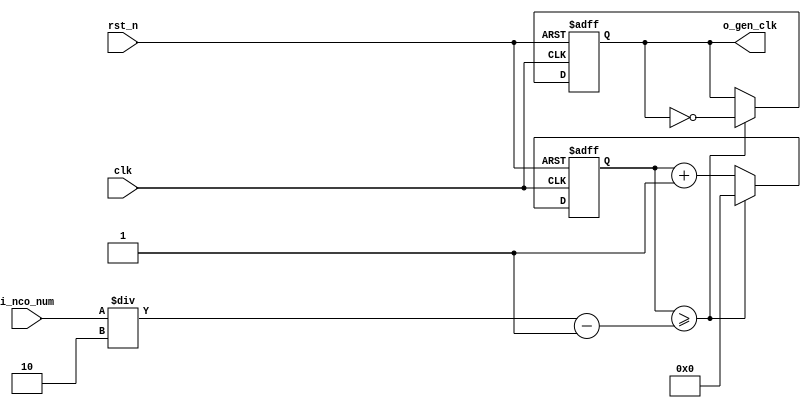
module	nco(	
		o_gen_clk,
		i_nco_num,
		clk,
		rst_n);

output		o_gen_clk	;	// 1Hz CLK

input	[31:0]	i_nco_num	;
input		clk		;	// 50Mhz CLK
input		rst_n		;

reg	[31:0]	cnt		;
reg		o_gen_clk	;

always @(posedge clk or negedge rst_n) begin
	if(rst_n == 1'b0) begin
		cnt		<= 32'd0;
		o_gen_clk	<= 1'd0	;
	end else begin
		if(cnt >= i_nco_num/2-1) begin
			cnt 	<= 32'd0;
			o_gen_clk	<= ~o_gen_clk;
		end else begin
			cnt <= cnt + 1'b1;
		end
	end
end

endmodule

//	--------------------------------------------------
//	Flexible Numerical Display Decoder
//	--------------------------------------------------
module	fnd_dec(
		o_seg,
		i_num);

output	[6:0]	o_seg		;	// {o_seg_a, o_seg_b, ... , o_seg_g}

input	[3:0]	i_num		;
reg	[6:0]	o_seg		;
//making
always @(i_num) begin 
 	case(i_num) 
 		4'd0:	o_seg = 7'b111_1110; 
 		4'd1:	o_seg = 7'b011_0000; 
 		4'd2:	o_seg = 7'b110_1101; 
 		4'd3:	o_seg = 7'b111_1001; 
 		4'd4:	o_seg = 7'b011_0011; 
 		4'd5:	o_seg = 7'b101_1011; 
 		4'd6:	o_seg = 7'b101_1111; 
 		4'd7:	o_seg = 7'b111_0000; 
 		4'd8:	o_seg = 7'b111_1111; 
 		4'd9:	o_seg = 7'b111_0011; 
		default:o_seg = 7'b000_0000; 
	endcase 
end


endmodule

//	--------------------------------------------------
//	0~59 --> 2 Separated Segments
//	--------------------------------------------------
module	double_fig_sep(
			o_left,
			o_right,
			i_double_fig);

output	[3:0]	o_left		;
output	[3:0]	o_right		;

input	[5:0]	i_double_fig	;

assign		o_left	= i_double_fig / 10	;
assign		o_right	= i_double_fig % 10	;

endmodule

//	--------------------------------------------------
//	0~59 --> 2 Separated Segments
//	--------------------------------------------------
module	led_disp(
			o_seg,
			o_seg_dp,
			o_seg_enb,
			i_six_digit_seg,
			i_six_dp,
			clk,
			rst_n);

output	[5:0]	o_seg_enb		;
output		o_seg_dp		;
output	[6:0]	o_seg			;

input	[41:0]	i_six_digit_seg		;
input	[5:0]	i_six_dp		;
input		clk			;
input		rst_n			;

wire		gen_clk		;

nco		u_nco(
			.o_gen_clk	( gen_clk	),
			.i_nco_num	( 32'd5000	),
			.clk		( clk		),
			.rst_n		( rst_n		));


reg	[3:0]	cnt_common_node	;

always @(posedge gen_clk or negedge rst_n) begin
	if(rst_n == 1'b0) begin
		cnt_common_node <= 4'd0;
	end else begin
		if(cnt_common_node >= 4'd5) begin
			cnt_common_node <= 4'd0;
		end else begin
			cnt_common_node <= cnt_common_node + 1'b1;
		end
	end
end

reg	[5:0]	o_seg_enb		;

always @(cnt_common_node) begin
	case (cnt_common_node)
		4'd0:	o_seg_enb = 6'b111110;
		4'd1:	o_seg_enb = 6'b111101;
		4'd2:	o_seg_enb = 6'b111011;
		4'd3:	o_seg_enb = 6'b110111;
		4'd4:	o_seg_enb = 6'b101111;
		4'd5:	o_seg_enb = 6'b011111;
		default:o_seg_enb = 6'b111111;
	endcase
end

reg		o_seg_dp		;

always @(cnt_common_node) begin
	case (cnt_common_node)
		4'd0:	o_seg_dp = i_six_dp[0];
		4'd1:	o_seg_dp = i_six_dp[1];
		4'd2:	o_seg_dp = i_six_dp[2];
		4'd3:	o_seg_dp = i_six_dp[3];
		4'd4:	o_seg_dp = i_six_dp[4];
		4'd5:	o_seg_dp = i_six_dp[5];
		default:o_seg_dp = 1'b0;
	endcase
end

reg	[6:0]	o_seg			;

always @(cnt_common_node) begin
	case (cnt_common_node)
		4'd0:	o_seg = i_six_digit_seg[6:0];
		4'd1:	o_seg = i_six_digit_seg[13:7];
		4'd2:	o_seg = i_six_digit_seg[20:14];
		4'd3:	o_seg = i_six_digit_seg[27:21];
		4'd4:	o_seg = i_six_digit_seg[34:28];
		4'd5:	o_seg = i_six_digit_seg[41:35];
		default:o_seg = 7'b111_1110; // 0 display
	endcase
end

endmodule

//	--------------------------------------------------
//	HMS(Hour:Min:Sec) Counter
//	--------------------------------------------------
module	hms_cnt(
		o_hms_cnt,
		o_max_hit,
		i_max_cnt,
		clk,
		rst_n);

output	[5:0]	o_hms_cnt		;
output		o_max_hit		;

input	[5:0]	i_max_cnt		;
input		clk			;
input		rst_n			;

reg	[5:0]	o_hms_cnt		;
reg		o_max_hit		;
always @(posedge clk or negedge rst_n) begin
	if(rst_n == 1'b0) begin
		o_hms_cnt <= 6'd0;
		o_max_hit <= 1'b0;
	end else begin
		if(o_hms_cnt >= i_max_cnt) begin
			o_hms_cnt <= 6'd0;
			o_max_hit <= 1'b1;
		end else begin
			o_hms_cnt <= o_hms_cnt + 1'b1;
			o_max_hit <= 1'b0;
		end
	end
end

endmodule

module  debounce(
		o_sw,
		i_sw,
		clk);
output		o_sw			;

input		i_sw			;
input		clk			;

reg		dly1_sw			;
always @(posedge clk) begin
	dly1_sw <= i_sw;
end

reg		dly2_sw			;
always @(posedge clk) begin
	dly2_sw <= dly1_sw;
end

assign		o_sw = dly1_sw | ~dly2_sw;

endmodule

//	--------------------------------------------------
//	Blink
//	--------------------------------------------------

module mux(	out,
			in0,
			in1,
			sel);

output	out			;
input	in0			;
input	in1			;
input	sel			;	

reg	out			;

always @(in0, in1, sel) begin
	if(sel==1'b1) begin
	   out = in1	;
	end else begin
	   out = in0	;
	end
end
endmodule


module detBlink(		o_blink,
			i_en_mblink,
			i_en_pblink,
			i_sign,	
			clk,
			rst_n);

output[6:0]	o_blink	;
input			i_en_mblink	;
input			i_en_pblink	;	

input	[6:0]	i_sign		;
input			clk		;
input			rst_n		;
	
reg	 	detClk	;
always @(i_en_mblink, i_en_pblink) begin
	case({i_en_mblink, i_en_pblink})
	 	2'b11 : {detClk} = 1'b1;
		default : {detClk} =1'b0;
	endcase
end


wire		clk_2hz		;
nco		u_Bnco(	
			.o_gen_clk	(clk_2hz		),
			.i_nco_num	(32'd25000000	),
			.clk		(clk		),
			.rst_n		(rst_n		));

wire	 detBlink		;
mux		u_mux1(	.out		(detBlink	),
						.in0		(1'b0	),
						.in1		(clk_2hz	),
						.sel		(detClk	));	

reg	[6:0]	o_blink		;
always @(*) begin
	if(detBlink==1'b0) begin
		o_blink <= i_sign		;
	end else begin
		o_blink	<= 7'd0		;
	end
end
endmodule


//	--------------------------------------------------
//	Clock Controller
//	--------------------------------------------------
module	controller(
			o_mode,
			o_position,
			o_state,
			o_alarm_en,
			o_sec_clk,
			o_min_clk,
			o_hour_clk,
			o_alarm_sec_clk,
			o_alarm_min_clk,
			o_alarm_hour_clk,
			o_stop_sec_clk,	
			o_stop_min_clk,	
			o_stop_hour_clk,
			o_en_mblink,
			o_en_psblink,	
			o_en_pmblink,	
			o_en_phblink,	
			i_max_hit_sec,
			i_max_hit_min,
			i_max_hit_hour,
			i_sw0,
			i_sw1,
			i_sw2,
			i_sw3,
			i_sw4,
			i_sw5,
			clk,
			stop_rst_n,
			rst_n);

output	[5:0]	o_mode			;
output	[1:0]	o_position		;
output	     	o_state	;
output		o_alarm_en		;
output		stop_rst_n	;

output		o_sec_clk		;
output		o_min_clk		;
output		o_hour_clk		;

output 		o_stop_sec_clk		;
output		o_stop_min_clk		;
output		o_stop_hour_clk		;


output		o_alarm_sec_clk		;
output		o_alarm_min_clk		;
output		o_alarm_hour_clk		;

output		o_en_mblink		;
output		o_en_psblink	;	
output		o_en_pmblink	;	
output		o_en_phblink	;

input		i_max_hit_sec		;
input		i_max_hit_min		;
input		i_max_hit_hour		;

input		i_sw0			;
input		i_sw1			;
input		i_sw2			;
input		i_sw3			;
input		i_sw4			;
input		i_sw5			;

input		clk			;
input		rst_n			;

parameter	MODE_CLOCK	= 6'b010100	;
parameter	MODE_SETUP	= 6'b010101	;
parameter	MODE_ALARM	= 6'b010110	;
parameter	MODE_STOPWATCH	=6'b010111 ;
parameter	POS_SEC		= 2'b00	;
parameter	POS_MIN		= 2'b01	;
parameter	POS_HOUR	= 2'b10	;

parameter	STOP		= 1'b0	;
parameter 	COUNT_UP	= 1'b1	;



wire		clk_100hz		;
nco		u0_nco(
		.o_gen_clk	( clk_100hz	),
		.i_nco_num	( 32'd500000	),
		.clk		( clk		),
		.rst_n		( rst_n		));

wire		sw0			;
debounce	u0_debounce(
		.o_sw		( sw0		),
		.i_sw		( i_sw0		),
		.clk		( clk_100hz	));

wire		sw1			;
debounce	u1_debounce(
		.o_sw		( sw1		),
		.i_sw		( i_sw1		),
		.clk		( clk_100hz	));

wire		sw2			;
debounce	u2_debounce(
		.o_sw		( sw2		),
		.i_sw		( i_sw2		),
		.clk		( clk_100hz	));

wire		sw3			;
debounce	u3_debounce(
		.o_sw		( sw3		),
		.i_sw		( i_sw3		),
		.clk		( clk_100hz	));

wire		sw4		;
debounce	u4_debounce(
		.o_sw		( sw4	),
		.i_sw		( i_sw4		),
		.clk		( clk_100hz	));

wire		sw5		;
debounce	u5_debounce(
		.o_sw		( sw5	),
		.i_sw		( i_sw5	),
		.clk		( clk_100hz	));

reg	[5:0]	o_mode			;
always @(posedge sw0 or negedge rst_n) begin
	if(rst_n == 1'b0) begin
		o_mode <= MODE_CLOCK;
	end else begin
		if(o_mode >= MODE_STOPWATCH) begin
			o_mode <= MODE_CLOCK;
		end else begin
			o_mode <= o_mode + 1'b1;
		end
	end
end

reg	[1:0]	o_position	;
reg		o_state;

always @(posedge sw1 or negedge rst_n) begin


if(rst_n==1'b0) begin

	o_position <= POS_SEC;
	
	end else begin 
	
	if( o_position >= POS_HOUR) begin
		o_position <= POS_SEC;
		
	end else begin
		o_position <= o_position + 1'b1;
	end

	end

end



reg	stop_rst_n;

always @(posedge sw5 or negedge rst_n) begin
	
	if(rst_n ==1'b0) begin
	stop_rst_n <= 1'b1;

	end else begin 
	stop_rst_n <= ~stop_rst_n;
end 

end 

always @(posedge sw4 or negedge rst_n) begin

if(rst_n==1'b0) begin  

	o_state <= STOP;

	end else begin //rst_n==1'b1

	o_state <= ~o_state;

	end

end

reg		o_alarm_en		;
always @(posedge sw3 or negedge rst_n) begin
	if(rst_n == 1'b0) begin
		o_alarm_en <= 1'b0;
	end else begin
		o_alarm_en <= o_alarm_en + 1'b1;
	end
end

wire		clk_1hz			;
nco		u1_nco(
		.o_gen_clk	( clk_1hz	),
		.i_nco_num	( 32'd50000000	),
		.clk		( clk		),
		.rst_n		( rst_n		));

reg		o_sec_clk		;
reg		o_min_clk		;
reg		o_hour_clk		;
reg		o_alarm_sec_clk		;
reg		o_alarm_min_clk		;
reg		o_alarm_hour_clk	;
reg		o_stop_sec_clk		;
reg		o_stop_min_clk		;
reg		o_stop_hour_clk		;
reg		o_en_mblink		;
reg		o_en_psblink	;	
reg		o_en_pmblink	;	
reg		o_en_phblink	;

always @(*) begin
	case(o_mode)
		MODE_CLOCK : begin
			o_sec_clk = clk_1hz;
			o_min_clk = i_max_hit_sec;
			o_hour_clk = i_max_hit_min;
			o_alarm_sec_clk = 1'b0;
			o_alarm_min_clk = 1'b0;
			o_alarm_hour_clk = 1'b0;
			o_stop_sec_clk	= 1'b0;
			o_stop_min_clk	= 1'b0;
			o_stop_hour_clk = 1'b0;
			o_en_mblink	=1'b0;
			o_en_psblink=1'b0	;	
			o_en_pmblink=1'b0	;	
			o_en_phblink=1'b0	;

		
		end
		MODE_SETUP : begin
			case(o_position)
				POS_SEC : begin
					o_sec_clk = ~sw2;
					o_min_clk = 1'b0;
					o_hour_clk = 1'b0;
					o_alarm_sec_clk = 1'b0;
					o_alarm_min_clk = 1'b0;
					o_alarm_hour_clk = 1'b0;
					o_stop_sec_clk	= 1'b0;
					o_stop_min_clk	= 1'b0;
					o_stop_hour_clk = 1'b0;
					o_en_mblink	=1'b1;
					o_en_psblink=1'b1	;	
					o_en_pmblink=1'b0	;	
					o_en_phblink=1'b0	;				
					end
				POS_MIN : begin
					o_sec_clk = 1'b0;
					o_min_clk = ~sw2;
					o_hour_clk = 1'b0;
					o_alarm_sec_clk = 1'b0;
					o_alarm_min_clk = 1'b0;
					o_alarm_hour_clk = 1'b0;
					o_stop_sec_clk	= 1'b0;
					o_stop_min_clk	= 1'b0;
					o_stop_hour_clk = 1'b0;
					o_en_mblink	=1'b1;
					o_en_psblink=1'b0	;	
					o_en_pmblink=1'b1	;	
					o_en_phblink=1'b0	;
				end
				POS_HOUR : begin
					o_sec_clk = 1'b0;
					o_min_clk = 1'b0;
					o_hour_clk = ~sw2;
					o_alarm_sec_clk = 1'b0;
					o_alarm_min_clk = 1'b0;
					o_alarm_hour_clk = 1'b0;
					o_stop_sec_clk	= 1'b0;
					o_stop_min_clk	= 1'b0;
					o_stop_hour_clk = 1'b0;
					o_en_mblink	=1'b1;
					o_en_psblink=1'b0	;	
					o_en_pmblink=1'b0	;	
					o_en_phblink=1'b1	;
				end
			endcase
		end
			
		MODE_ALARM : begin
			case(o_position)
				POS_SEC : begin
					o_sec_clk = clk_1hz;
					o_min_clk = i_max_hit_sec;
					o_hour_clk = i_max_hit_min;
					o_alarm_sec_clk = ~sw2;
					o_alarm_min_clk = 1'b0;
					o_alarm_hour_clk = 1'b0;
					o_stop_sec_clk	= 1'b0;
					o_stop_min_clk	= 1'b0;
					o_stop_hour_clk = 1'b0;
					o_en_mblink	=1'b1;
					o_en_psblink=1'b1	;	
					o_en_pmblink=1'b0	;	
					o_en_phblink=1'b0	;
				end
				POS_MIN : begin
					o_sec_clk = clk_1hz;
					o_min_clk = i_max_hit_sec;
					o_hour_clk = i_max_hit_min;
					o_alarm_sec_clk = 1'b0;
					o_alarm_min_clk = ~sw2;
					o_alarm_hour_clk = 1'b0;
					o_stop_sec_clk	= 1'b0;
					o_stop_min_clk	= 1'b0;
					o_stop_hour_clk = 1'b0;
					o_en_mblink	=1'b1;
					o_en_psblink=1'b0	;	
					o_en_pmblink=1'b1	;	
					o_en_phblink=1'b0	;

				end
				POS_HOUR : begin
					o_sec_clk = clk_1hz;
					o_min_clk = i_max_hit_sec;
					o_hour_clk = i_max_hit_min;
					o_alarm_sec_clk = 1'b0;
					o_alarm_min_clk = 1'b0;
					o_alarm_hour_clk = ~sw2;
					o_stop_sec_clk	= 1'b0;
					o_stop_min_clk	= 1'b0;
					o_stop_hour_clk = 1'b0;
					o_en_mblink	=1'b1;
					o_en_psblink=1'b0	;	
					o_en_pmblink=1'b0	;	
					o_en_phblink=1'b1	;
				end
			endcase
			
		end
		
			
		MODE_STOPWATCH : begin
			case(o_state)
				
			COUNT_UP : begin //count_up 
			o_sec_clk = clk_1hz;
			o_min_clk = i_max_hit_sec;
			o_hour_clk= i_max_hit_min;
			o_alarm_sec_clk = 1'b0;
			o_alarm_min_clk = 1'b0;
			o_alarm_hour_clk = 1'b0;
			o_stop_sec_clk	=  clk_1hz;
			o_stop_min_clk	=  i_max_hit_sec;
			o_stop_hour_clk =  i_max_hit_min;
			o_en_mblink	=1'b0;
			o_en_psblink=1'b0	;	
			o_en_pmblink=1'b0	;	
			o_en_phblink=1'b0	;
			end
			
			STOP : begin //stop
			o_sec_clk = clk_1hz;
			o_min_clk = i_max_hit_sec;
			o_hour_clk = i_max_hit_min;
			o_alarm_sec_clk = 1'b0;
			o_alarm_min_clk = 1'b0;
			o_alarm_hour_clk = 1'b0;
			o_stop_sec_clk	= 1'b0;
			o_stop_min_clk	= 1'b0;
			o_stop_hour_clk = 1'b0;
			o_en_mblink	=1'b0;
			o_en_psblink=1'b0	;	
			o_en_pmblink=1'b0	;	
			o_en_phblink=1'b0	;
			end

		    endcase
	end

endcase

end

endmodule

//	--------------------------------------------------
//	HMS(Hour:Min:Sec) Counter
//	--------------------------------------------------
module	hourminsec(	
		o_sec,
		o_min,
		o_hour,
		o_max_hit_sec,
		o_max_hit_min,
		o_max_hit_hour,
		o_alarm,
		i_mode,
		i_position,
		i_state,
		i_sec_clk,
		i_min_clk,
		i_hour_clk,
		i_stop_sec_clk,
		i_stop_min_clk,
		i_stop_hour_clk,
		i_alarm_sec_clk,
		i_alarm_min_clk,
		i_alarm_hour_clk,
		i_alarm_en,
		stop_rst_n,
		clk,
		rst_n);

output	[5:0]	o_sec		;
output	[5:0]	o_min		;
output	[5:0]	o_hour		;

output		o_max_hit_sec	;
output		o_max_hit_min	;
output		o_max_hit_hour	;
output		o_alarm		;

input	[5:0]	i_mode		;
input	[1:0]	i_position	;
input		i_state;
input		i_sec_clk	;
input		i_min_clk	;
input		i_hour_clk	;

input		i_stop_sec_clk	;
input		i_stop_min_clk	;
input		i_stop_hour_clk ;
input		stop_rst_n	;
input		i_alarm_sec_clk	;
input		i_alarm_min_clk	;
input		i_alarm_hour_clk;
input		i_alarm_en	;

input		clk		;
input		rst_n		;

parameter	MODE_CLOCK	= 6'b010100	;
parameter	MODE_SETUP	= 6'b010101	;
parameter	MODE_ALARM	= 6'b010110	;
parameter	MODE_STOPWATCH= 6'b010111 ;
parameter	POS_SEC		= 2'b00	;
parameter	POS_MIN		= 2'b01	;
parameter	POS_HOUR	= 2'b10	;

parameter	COUNT_UP	= 1'b1	;
parameter	STOP		= 1'b0  ;
//	MODE_CLOCK
wire	[5:0]	sec		;
wire		o_max_hit_sec	;
hms_cnt		u_hms_cnt_sec(
		.o_hms_cnt	( sec			),
		.o_max_hit	( max_hit_sec		),
		.i_max_cnt	( 6'd59			),
		.clk		( i_sec_clk		),
		.rst_n		( rst_n			));

wire	[5:0]	min		;
wire		o_max_hit_min	;
hms_cnt		u_hms_cnt_min(
		.o_hms_cnt	( min			),
		.o_max_hit	( max_hit_min		),
		.i_max_cnt	( 6'd59			),
		.clk		( i_min_clk		),
		.rst_n		( rst_n			));

wire	[5:0]	hour		;
wire		o_max_hit_hour	;
hms_cnt		u_hms_cnt_hour(
		.o_hms_cnt	( hour			),
		.o_max_hit	( max_hit_hour	),
		.i_max_cnt	( 6'd23			),
		.clk		( i_hour_clk		),
		.rst_n		( rst_n			));


wire	[5:0]	alarm_sec	;
hms_cnt		u_hms_cnt_alarm_sec(
		.o_hms_cnt	( alarm_sec		),
		.o_max_hit	( 			),
		.i_max_cnt	( 6'd59			),
		.clk		( i_alarm_sec_clk	),	
		.rst_n		( rst_n			));

wire	[5:0]	alarm_min	;
hms_cnt		u_hms_cnt_alarm_min(
		.o_hms_cnt	( alarm_min		),
		.o_max_hit	( 			),
		.i_max_cnt	( 6'd59			),
		.clk		( i_alarm_min_clk	),
		.rst_n		( rst_n			));

wire	[5:0]	alarm_hour	;
hms_cnt		u_hms_cnt_alarm_hour(
		.o_hms_cnt	( alarm_hour		),
		.o_max_hit	( 			),
		.i_max_cnt	( 6'd23		),
		.clk		( i_alarm_hour_clk	),
		.rst_n		( rst_n			));

wire 	[5:0]	stop_sec	;
wire 	[5:0]	stop_min	;
wire 	[5:0]	stop_hour	;
wire	stop_rst_n	;

hms_cnt		u_hms_cnt_stop_sec (
		.o_hms_cnt	( stop_sec		),
		.o_max_hit	( max_hit_sec		),
		.i_max_cnt	( 6'd59			),
		.clk		( i_stop_sec_clk	),
		.rst_n		( stop_rst_n		));



hms_cnt		u_hms_cnt_stop_min (
		.o_hms_cnt	( stop_min		),
		.o_max_hit	( max_hit_min		),
		.i_max_cnt	( 6'd59			),
		.clk		( i_stop_min_clk	),
		.rst_n		( stop_rst_n		));



hms_cnt		u_hms_cnt_stop_hour (
		.o_hms_cnt	( stop_hour		),
		.o_max_hit	( max_hit_hour	),
		.i_max_cnt	( 6'd23			),
		.clk		( i_stop_hour_clk	),
		.rst_n		( stop_rst_n		));



reg	[5:0]	o_sec		;
reg	[5:0]	o_min		;
reg	[5:0]	o_hour		;

always @ (*) begin
	case(i_mode)
		MODE_CLOCK: 	begin
			o_sec	= sec;
			o_min	= min;
			o_hour	= hour;
		end
		MODE_SETUP:	begin
			o_sec	= sec;
			o_min	= min;
			o_hour	= hour;
		end
		MODE_ALARM:	begin
			o_sec	= alarm_sec;
			o_min	= alarm_min;
			o_hour	= alarm_hour;
		end
		
		MODE_STOPWATCH : begin

			o_sec	= stop_sec;
			o_min	= stop_min;
			o_hour  = stop_hour;
	
		end 
		 	
	endcase
end



reg		o_alarm		;
always @ (posedge clk or negedge rst_n) begin
	if (rst_n == 1'b0) begin
		o_alarm <= 1'b0;
	end else begin
		if( (sec == alarm_sec) && (min == alarm_min) && (hour == alarm_hour)) begin
			o_alarm <= 1'b1 & i_alarm_en;
		end else begin
			o_alarm <= o_alarm & i_alarm_en;
		end
	end
end

endmodule

module	buzz(
		o_buzz,
		i_buzz_en,
		clk,
		rst_n);

output		o_buzz		;

input		i_buzz_en	;
input		clk		;
input		rst_n		;

parameter   C = 95565.75/6 ;
parameter   D = 85132.47/6 ;
parameter   E = 75842.61/6 ;
parameter   F = 71586.06/6 ;
parameter   G = 63777.14/6 ;
parameter   Q = 1000/4;

wire      clk_bit      ;
nco   u_nco_bit(   
      .o_gen_clk   ( clk_bit   ),
      .i_nco_num   ( 12500000   ),
      .clk      ( clk      ),
      .rst_n      ( rst_n      ));

reg   [5:0]   cnt      ;
always @ (posedge clk_bit or negedge rst_n) begin
   if(rst_n == 1'b0) begin
      cnt <= 6'd0;
   end else begin
      if(cnt >= 6'd56) begin
         cnt <= 6'd0;
      end else begin
         cnt <= cnt + 1'd1;
      end
   end
end



reg   [31:0]   nco_num      ;
always @ (*) begin
   case(cnt)
      6'd00: nco_num = E   ;
      6'd01: nco_num = Q   ;
      6'd02: nco_num = E   ;
      6'd03: nco_num = Q   ;
      6'd04: nco_num = E   ;
      6'd05: nco_num = E   ;
      6'd06: nco_num = Q   ;
      6'd07: nco_num = E   ;
      6'd08: nco_num = Q   ;
      6'd09: nco_num = E   ;
      6'd10: nco_num = Q   ;
      6'd11: nco_num = E   ;
      6'd12: nco_num = E   ;
      6'd13: nco_num = Q   ;
      6'd14: nco_num = E   ;
      6'd15: nco_num = Q   ;
      6'd16: nco_num = G   ;
      6'd17: nco_num = Q   ;
      6'd18: nco_num = C   ;
      6'd19: nco_num = Q   ;
      6'd20: nco_num = D   ;
      6'd21: nco_num = Q   ;
      6'd22: nco_num = E   ;
      6'd23: nco_num = E   ;
      6'd24: nco_num = E   ;
      6'd25: nco_num = E   ;
      6'd26: nco_num = Q   ;
      6'd27: nco_num = Q   ;
      6'd28: nco_num = F   ;
      6'd29: nco_num = Q   ;
      6'd30: nco_num = F   ;
      6'd31: nco_num = Q   ;
      6'd32: nco_num = F   ;
      6'd33: nco_num = Q   ;
      6'd34: nco_num = F   ;
      6'd35: nco_num = Q   ;
      6'd36: nco_num = F   ;
      6'd37: nco_num = Q   ;
      6'd38: nco_num = E   ;
      6'd39: nco_num = Q   ;
      6'd40: nco_num = E   ;
      6'd41: nco_num = Q   ;
      6'd42: nco_num = E   ;
      6'd43: nco_num = Q   ;
      6'd44: nco_num = E   ;
      6'd45: nco_num = Q   ;
      6'd46: nco_num = D   ;
      6'd47: nco_num = Q   ;
      6'd48: nco_num = D   ;
      6'd49: nco_num = Q   ;
      6'd50: nco_num = E   ;
      6'd51: nco_num = Q   ;
      6'd52: nco_num = D   ;
      6'd53: nco_num = D   ;
      6'd54: nco_num = Q   ;
      6'd55: nco_num = G   ;
      6'd56: nco_num = G   ;
   endcase
end

wire      buzz      ;
nco   u_nco_buzz(   
      .o_gen_clk   ( buzz      ),
      .i_nco_num   ( nco_num   ),
      .clk      ( clk      ),
      .rst_n      ( rst_n      ));

assign      o_buzz = buzz & i_buzz_en;

endmodule 

module	top(
		o_seg_enb,
		o_seg_dp,
		o_seg,
		o_alarm,
		i_sw0,
		i_sw1,
		i_sw2,
		i_sw3,
		i_sw4,
		i_sw5,
		clk,
		rst_n);

output	[5:0]	o_seg_enb	;
output		o_seg_dp	;
output	[6:0]	o_seg		;
output		o_alarm		;

input		i_sw0		;
input		i_sw1		;
input		i_sw2		;
input		i_sw3		;
input		i_sw4		;
input		i_sw5		;

input		clk		;
input		rst_n		;

wire	[5:0]	mode		;
wire	[1:0]	position	;
wire		   state	;
wire		alarm_en	;
wire		alarm_sec_clk	;
wire		alarm_min_clk	;
wire		alarm_hour_clk	;
wire		stop_sec_clk	;
wire		stop_min_clk	;
wire		stop_hour_clk	;
wire		min_clk	;
wire		sec_clk	;
wire		hour_clk	;
wire		max_hit_sec	;
wire		max_hit_min	;
wire		max_hit_hour	;
wire		stop_rst_n	;
wire		en_mblink		;
wire		en_psblink		;
wire		en_pmblink		;
wire		en_phblink		;

controller	u_controller(
				.o_mode			(mode			),
				.o_position		(position		),
				.o_state		(state),
				.o_alarm_en		(alarm_en		),
				.o_sec_clk		(sec_clk		),
				.o_min_clk		(min_clk		),
				.o_hour_clk		(hour_clk		),
				.o_alarm_sec_clk	(alarm_sec_clk		),
				.o_alarm_min_clk	(alarm_min_clk		),
				.o_alarm_hour_clk	(alarm_hour_clk		),
				.o_stop_sec_clk		(stop_sec_clk		),
				.o_stop_min_clk		(stop_min_clk		),
				.o_stop_hour_clk	(stop_hour_clk		),
				.o_en_mblink		(en_mblink),
				.o_en_psblink		(en_psblink),
				.o_en_pmblink		(en_pmblink),
				.o_en_phblink		(en_phblink),
				.stop_rst_n		(stop_rst_n		),
				.i_max_hit_sec		(max_hit_sec		),
				.i_max_hit_min		(max_hit_min		),
				.i_max_hit_hour		(max_hit_hour		),
				.i_sw0			(i_sw0			),
				.i_sw1			(i_sw1			),
				.i_sw2			(i_sw2			),
				.i_sw4			(i_sw4			),
				.i_sw3			(i_sw3			),
				.i_sw5			(i_sw5			),
				.clk			(clk			),
				.rst_n			(rst_n			));

wire	[5:0]	sec	;
wire	[5:0]	min	;
wire	[5:0]	hour	;
wire		alarm	;
hourminsec		u_hourminsec(	
				.o_sec			(sec		),
				.o_min			(min		),
				.o_hour			(hour		),
				.o_max_hit_sec		(max_hit_sec	),
				.o_max_hit_min		(max_hit_min	),
				.o_max_hit_hour		(max_hit_hour	),
				.o_alarm		(alarm		),
				.i_mode			(mode		),
				.i_position		(position	),
				.i_state			(state),
				.i_sec_clk		(sec_clk	),
				.i_min_clk		(min_clk	),
				.i_hour_clk		(hour_clk	),
				.i_stop_sec_clk		(stop_sec_clk	),
				.i_stop_min_clk		(stop_min_clk	),
				.i_stop_hour_clk	(stop_hour_clk	),
				.stop_rst_n	(stop_rst_n	),
				.i_alarm_sec_clk	(alarm_sec_clk	),
				.i_alarm_min_clk	(alarm_min_clk	),
				.i_alarm_hour_clk	(alarm_hour_clk	),
				.i_alarm_en		(alarm_en	),
				.clk			(clk		),
				.rst_n			(rst_n		));

wire	[3:0]	sec10	;
wire	[3:0]	sec0	;
double_fig_sep		u0_double_fig_sep(
						.o_left		(sec10	),
						.o_right	(sec0	),
						.i_double_fig	(sec	));
wire	[3:0]	min10	;
wire	[3:0]	min0	;
double_fig_sep		u1_double_fig_sep(
						.o_left		(min10	),
						.o_right	(min0	),
						.i_double_fig	(min	));
wire	[3:0]	hour10	;
wire	[3:0]	hour0	;
double_fig_sep		u2_double_fig_sep(
						.o_left		(hour10	),
						.o_right	(hour0	),
						.i_double_fig	(hour	));
wire	[6:0] 	seg_sec10	;
fnd_dec		u0_fnd_dec(
				.o_seg	(seg_sec10	),
				.i_num	(sec10		));
wire	[6:0] 	seg_sec0	;
fnd_dec		u1_fnd_dec(
				.o_seg	(seg_sec0	),
				.i_num	(sec0		));
wire	[6:0] 	seg_min10	;
fnd_dec		u2_fnd_dec(
				.o_seg	(seg_min10	),
				.i_num	(min10		));
wire	[6:0] 	seg_min0	;
fnd_dec		u3_fnd_dec(
				.o_seg	(seg_min0	),
				.i_num	(min0		));
wire	[6:0] 	seg_hour10	;
fnd_dec		u4_fnd_dec(
				.o_seg	(seg_hour10	),
				.i_num	(hour10		));
wire	[6:0] 	seg_hour0	;
fnd_dec		u5_fnd_dec(
				.o_seg	(seg_hour0	),
				.i_num	(hour0		));

wire	[6:0]	seg_bsec0		;
wire	[6:0]	seg_bsec10		;
wire	[6:0]	seg_bmin0		;
wire	[6:0]	seg_bmin10		;
wire	[6:0]	seg_bhour0		;
wire	[6:0]	seg_bhour10		;


detBlink		u_detBlinksec0(		.o_blink		(seg_bsec0		),
					.i_en_mblink	(en_mblink	),
					.i_en_pblink	(en_psblink	),
					.i_sign		(seg_sec0		),	
					.clk		(clk		),
					.rst_n		(rst_n		));

detBlink		u_detBlinksec10(		.o_blink		(seg_bsec10		),
					.i_en_mblink	(en_mblink	),
					.i_en_pblink		(en_psblink),
					.i_sign		(seg_sec10	),	
					.clk		(clk		),
					.rst_n		(rst_n		));

detBlink		u_detBlinkmin0(		.o_blink		(seg_bmin0		),
					.i_en_mblink	(en_mblink	),
					.i_en_pblink		(en_pmblink),
					.i_sign		(seg_min0	),	
					.clk		(clk		),
					.rst_n		(rst_n		));

detBlink		u_detBlinkmin10(		.o_blink		(seg_bmin10	),
					.i_en_mblink	(en_mblink	),
					.i_en_pblink	(en_pmblink),
					.i_sign		(seg_min10	),	
					.clk		(clk		),
					.rst_n		(rst_n		));

detBlink		u_detBlinkhr0(		.o_blink		(seg_bhour0		),
					.i_en_mblink	(en_mblink	),
					.i_en_pblink		(en_phblink),
					.i_sign		(seg_hour0	),	
					.clk		(clk		),
					.rst_n		(rst_n		));

detBlink		u_detBlinkhr10(		.o_blink		(seg_bhour10		),
					.i_en_mblink	(en_mblink	),
					.i_en_pblink		(en_phblink),
					.i_sign		(seg_hour10	),	
					.clk		(clk		),
					.rst_n		(rst_n		));

wire	[41:0]	six_digit_seg;
assign		six_digit_seg = { seg_bhour10, seg_bhour0, seg_bmin10, seg_bmin0, seg_bsec10, seg_bsec0 };
led_disp	u_led_disp(
				.o_seg			(o_seg		),
				.o_seg_dp		(o_seg_dp	),
				.o_seg_enb		(o_seg_enb	),
				.i_six_digit_seg	(six_digit_seg	),
				.i_six_dp		(mode		),
				.clk			(clk		),
				.rst_n			(rst_n		));
wire	o_alarm	;
buzz	u_buzz(
		.o_buzz		(o_alarm	),
		.i_buzz_en	(alarm		),
		.clk		(clk		),
		.rst_n		(rst_n		));

endmodule